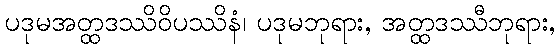
ပဒုမအတ္ထဒဿိဝိပဿိနံ၊ ပဒုမဘုရား, အတ္ထဒဿီဘုရား,